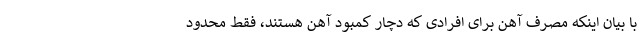
با بیان اینکه مصرف آهن برای افرادی که دچار کمبود آهن هستند، فقط محدود